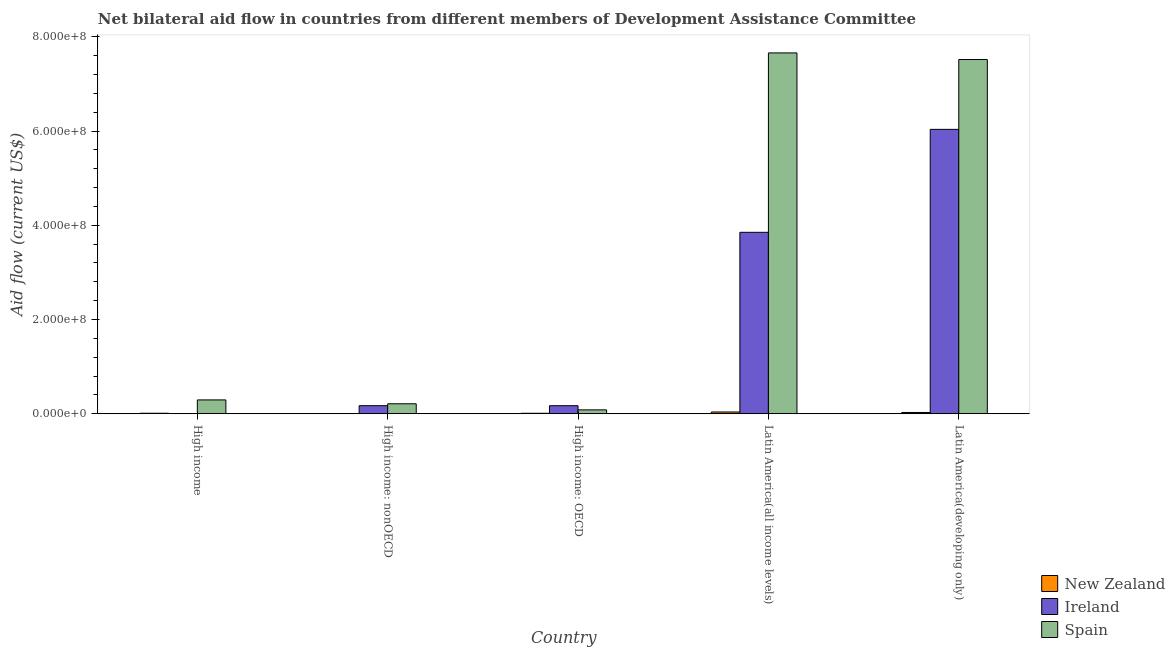
| Country | New Zealand | Ireland | Spain |
 | --- | --- | --- | --- |
 | High income | 1.06e+06 | 3e+04 | 2.94e+07 |
 | High income: nonOECD | 8e+04 | 1.71e+07 | 2.11e+07 |
 | High income: OECD | 9.8e+05 | 1.71e+07 | 8.22e+06 |
 | Latin America(all income levels) | 3.75e+06 | 3.85e+08 | 7.66e+08 |
 | Latin America(developing only) | 2.69e+06 | 6.04e+08 | 7.52e+08 |